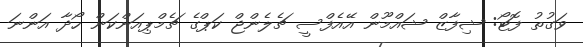
ވަގުތު ފޮޓޯ: ޝިފާޒް ޝައްމޫން އޭއެފްސީ ޗެލެންޖް ކަޕްގެ ޗެމްޕިއަންކަން ހޯދާ އަންނަ